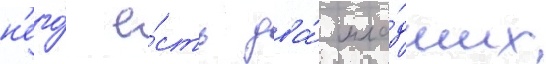
н'его́ е́сть два́ мла́дших